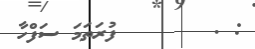
: .       ފުރަތަމަ ސަފްހާ